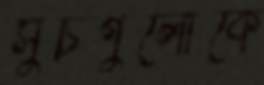
সুচগুলোকে